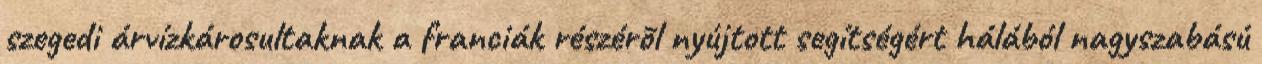
szegedi árvízkárosultaknak a franciák részérõl nyújtott segítségért hálából nagyszabású